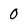
Character: 0